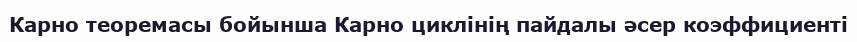
Карно теоремасы бойынша Карно циклінің пайдалы әсер коэффициенті